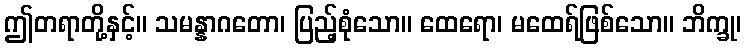
ဤတရာတို့နှင့်။ သမန္နာဂတော၊ ပြည့်စုံသော။ ထေရော၊ မထေရ်ဖြစ်သော။ ဘိက္ခု၊